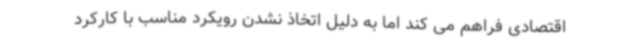
اقتصادی فراهم می کند اما به دلیل اتخاذ نشدن رویکرد مناسب با کارکرد